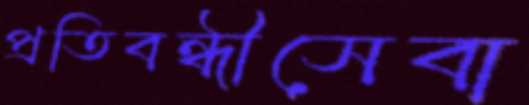
প্রতিবন্ধীসেবা